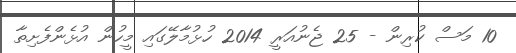
10 މަސް ކުރިން - 25 ޖެނުއަރީ 2014 ހުޅުމާލޭގައި މީހުން އުޅެންފެށިތާ